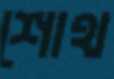
শোথ